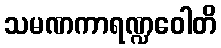
သမဏကာရဏ္ဍဝေါတိ